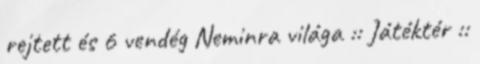
rejtett és 6 vendég Neminra világa :: Játéktér ::